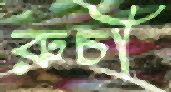
রুচী